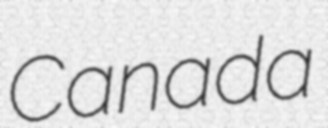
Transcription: Canada